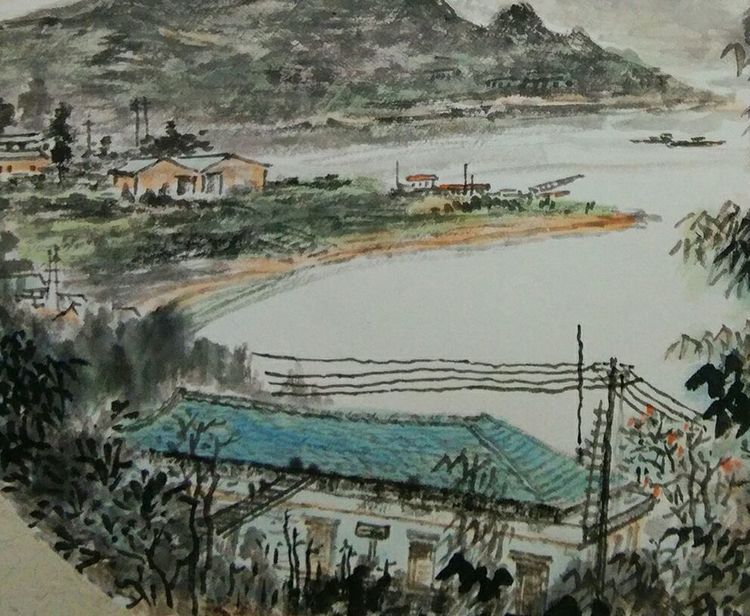
余霞散成绮，澄江静如练。